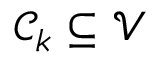
\mathcal { C } _ { k } \subseteq \mathcal { V }